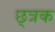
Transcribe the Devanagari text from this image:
छ्त्रक